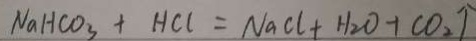
N a H C O _ { 3 } + H C l = N a C l + H _ { 2 } O + C O _ { 2 } \uparrow